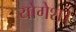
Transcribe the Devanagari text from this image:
योगेश।